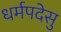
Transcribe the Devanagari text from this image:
धर्मपदेसु